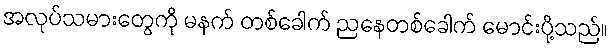
အလုပ်သမားတွေကို မနက် တစ်ခေါက် ညနေတစ်ခေါက် မောင်းပို့သည်။